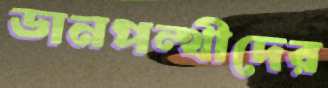
ডানপন্থীদের